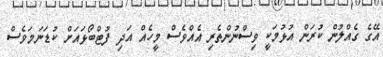
އޭގެ ގެއްލުން ކުރަން އުޅުމަކީ ވިސްނުންތެރި އެއްވެސް މީހެއް އަދި ފުޓްބޯޅައަށް ކުޑަނަމަވެސް